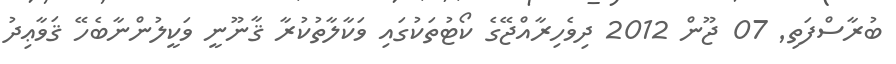
ބުރާސްފަތި